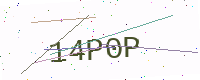
Text: 14P0P